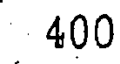
400